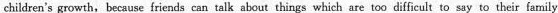
children's growth,because friends can talk about things which are too difficult to say to their farnily